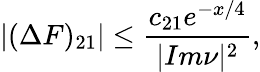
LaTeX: |(\Delta F)_{21}|\leq\frac{c_{21}e^{-x/4}}{|Im\nu|^{2}},